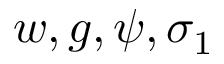
w , g , \psi , \sigma _ { 1 }